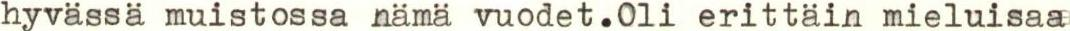
hyvässä muistossa nämä vuodet.Oli erittäin mieluisaa